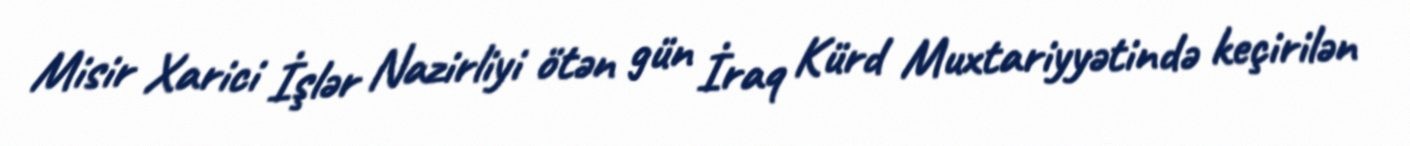
Misir Xarici İşlər Nazirliyi ötən gün İraq Kürd Muxtariyyətində keçirilən